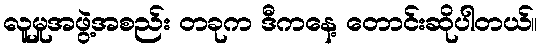
လူမှုအဖွဲ့အစည်း တခုက ဒီကနေ့ တောင်းဆိုပါတယ်။